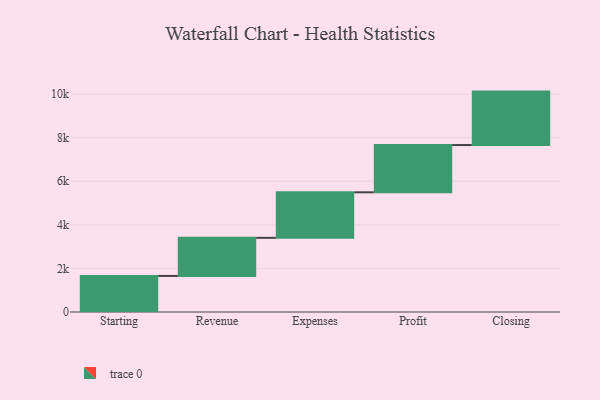
{"axis": {"x": "Step", "y": "Value"}, "legend": [""], "data": [{"x": "Starting", "y": 1655.0, "type": ""}, {"x": "Revenue", "y": 1749.0, "type": ""}, {"x": "Expenses", "y": 2090.0, "type": ""}, {"x": "Profit", "y": 2170.0, "type": ""}, {"x": "Closing", "y": 2453.0, "type": ""}]}